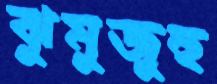
ঝুমুজুহু